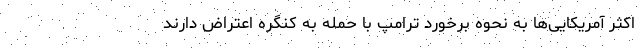
اکثر آمریکایی‌ها به نحوه برخورد ترامپ با حمله به کنگره اعتراض دارند